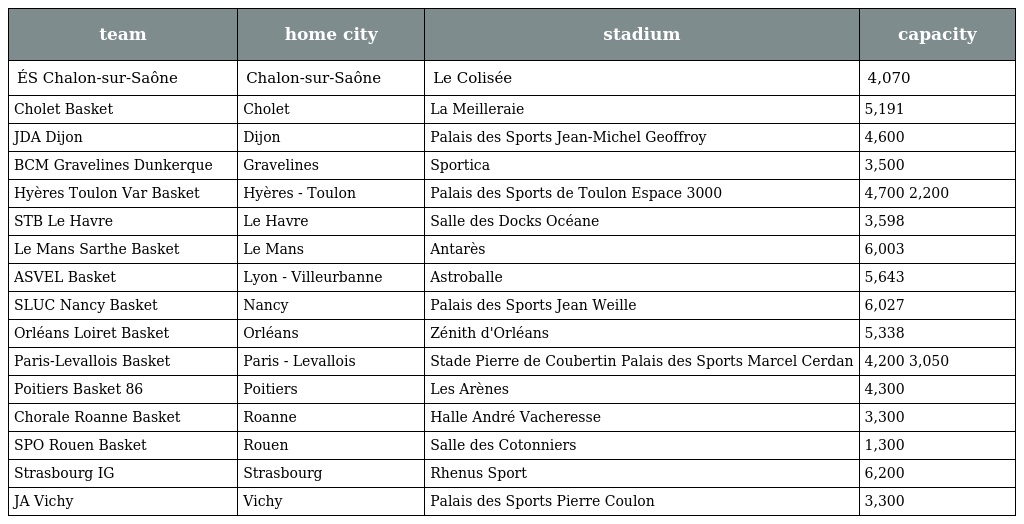
| team | home city | stadium | capacity |
 | --- | --- | --- | --- |
 | ÉS Chalon-sur-Saône | Chalon-sur-Saône | Le Colisée | 4,070 |
 | Cholet Basket | Cholet | La Meilleraie | 5,191 |
 | JDA Dijon | Dijon | Palais des Sports Jean-Michel Geoffroy | 4,600 |
 | BCM Gravelines Dunkerque | Gravelines | Sportica | 3,500 |
 | Hyères Toulon Var Basket | Hyères - Toulon | Palais des Sports de Toulon Espace 3000 | 4,700 2,200 |
 | STB Le Havre | Le Havre | Salle des Docks Océane | 3,598 |
 | Le Mans Sarthe Basket | Le Mans | Antarès | 6,003 |
 | ASVEL Basket | Lyon - Villeurbanne | Astroballe | 5,643 |
 | SLUC Nancy Basket | Nancy | Palais des Sports Jean Weille | 6,027 |
 | Orléans Loiret Basket | Orléans | Zénith d'Orléans | 5,338 |
 | Paris-Levallois Basket | Paris - Levallois | Stade Pierre de Coubertin Palais des Sports Marcel Cerdan | 4,200 3,050 |
 | Poitiers Basket 86 | Poitiers | Les Arènes | 4,300 |
 | Chorale Roanne Basket | Roanne | Halle André Vacheresse | 3,300 |
 | SPO Rouen Basket | Rouen | Salle des Cotonniers | 1,300 |
 | Strasbourg IG | Strasbourg | Rhenus Sport | 6,200 |
 | JA Vichy | Vichy | Palais des Sports Pierre Coulon | 3,300 |